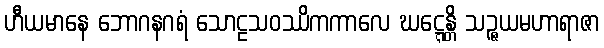
ဟီယမာနေ ဘောဂနဂရံ သောဠသဝဿိကကာလေ ဃဋ္ဋေန္တိ သဉ္ဇယမဟာရာဇာ